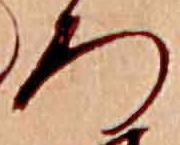
ろ